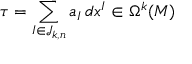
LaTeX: \tau = \sum _ { I \in { \mathcal { J } } _ { k , n } } a _ { I } \, d x ^ { I } \in \Omega ^ { k } ( M )